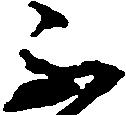
不